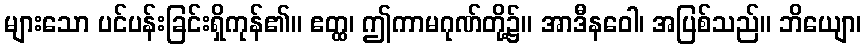
များသော ပင်ပန်းခြင်းရှိကုန်၏။ ဧတ္ထ၊ ဤကာမဂုဏ်တို့၌။ အာဒီနဝေါ၊ အပြစ်သည်။ ဘိယျော၊